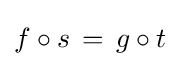
f\circ s\,=\,g\circ t